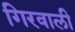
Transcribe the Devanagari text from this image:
गिरवाली